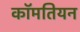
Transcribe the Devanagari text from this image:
कॉमतियन